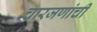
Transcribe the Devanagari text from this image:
चारजणांची